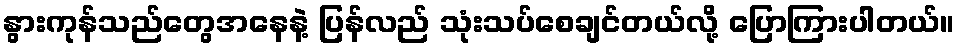
နွားကုန်သည်တွေအနေနဲ့ ပြန်လည် သုံးသပ်စေချင်တယ်လို့ ပြောကြားပါတယ်။